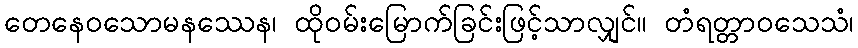
တေနေဝသောမနဿေန၊ ထိုဝမ်းမြောက်ခြင်းဖြင့်သာလျှင်။ တံရတ္တာဝသေသံ၊